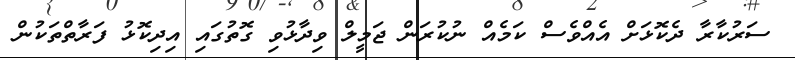
ސަރުކާރާ ދެކޮޅަށް އެއްވެސް ކަމެއް ނުކުރަން ޖަމީލް ވިދާޅުވި ގޮތުގައި އިދިކޮޅު ފަރާތްތަކުން